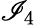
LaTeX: \mathscr{I}_{4}